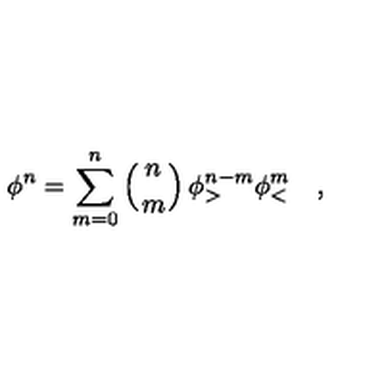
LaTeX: \phi ^ { n } = \sum _ { m = 0 } ^ { n } \left( { n \atop m } \right) \phi _ { > } ^ { n - m } \phi _ { < } ^ { m } \quad ,